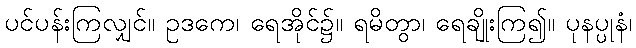
ပင်ပန်းကြလျှင်။ ဥဒကေ၊ ရေအိုင်၌။ ရမိတွာ၊ ရေချိုးကြ၍။ ပုနပ္ပုနံ၊